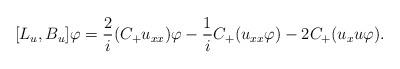
LaTeX: \begin{align*}[L_u,B_u] \varphi = \frac{2}{i}(C_+u_{xx})\varphi-\frac{1}{i}C_+(u_{xx}\varphi)-2C_+(u_xu\varphi).\end{align*}